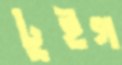
টুইগ